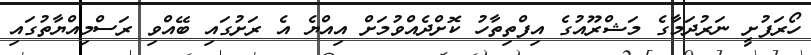
ހޯރަފުށީ ނަރުދަމާގެ މަޝްރޫއުގެ އިފްތިތާހު ކޮށްދެއްވުމަށް އިއްޔެ އެ ރަށުގައި ބޭއްވި ރަސްމިއްޔާތުގައި